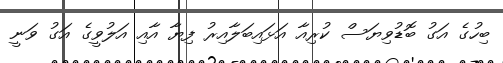
ބިހުގެ އަގު ބޮޑުވިޔަސް ކުރިއާ އަޅައިބަލާއިރު ފިޔާ އާއި އަލުވީގެ އަގު ވަނީ